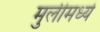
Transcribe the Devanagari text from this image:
मुलीमध्ये